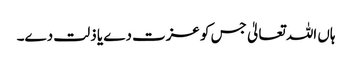
ہاں اللہ تعالیٰ جس کو عزت دے یا ذلت دے۔